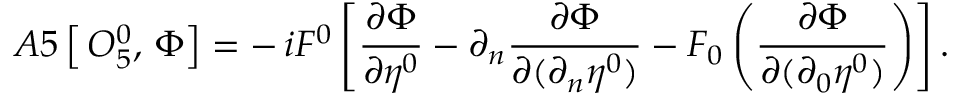
A 5 \left[ \, { \cal O } _ { 5 } ^ { 0 } , \, \Phi \right] = - \, i F ^ { 0 } \left[ \frac { \partial \Phi } { \partial \eta ^ { 0 } } - \partial _ { n } \frac { \partial \Phi } { \partial ( \partial _ { n } \eta ^ { 0 } ) } - { \cal F } _ { 0 } \left( \frac { \partial \Phi } { \partial ( \partial _ { 0 } \eta ^ { 0 } ) } \right) \right] .